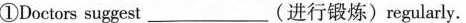
①Doctors suggest___(进行锻炼)regularly.